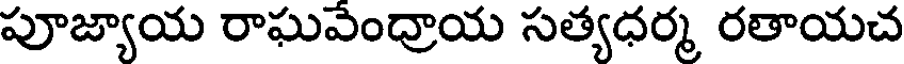
పూజ్యాయ రాఘవేంద్రాయ సత్యధర్మ రతాయచ